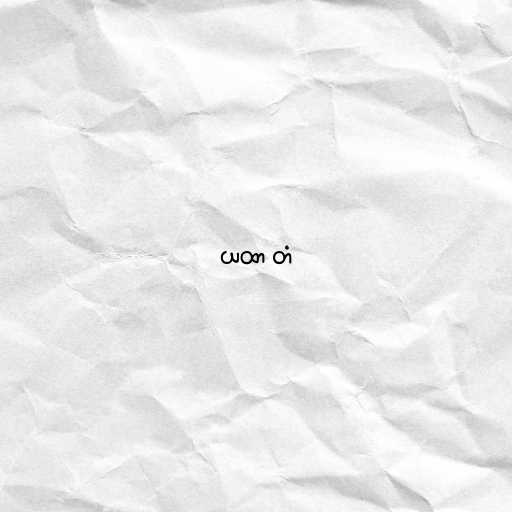
ယထာ တံ